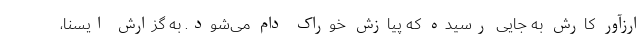
ارزآور کارش به جایی رسیده که پیازش خوراک دام می‌شود. به گزارش ایسنا،